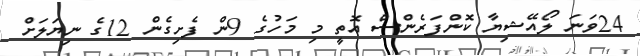
24ވަނަ ލޯއޭޝިޔާ ކޮންފަރެންސް އޮތީ މި މަހުގެ 9ން ފެށިގެން 12ގެ ނިޔަލަށް